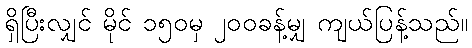
ရှိပြီးလျှင် မိုင် ၁၅၀မှ ၂၀၀ခန့်မျှ ကျယ်ပြန့်သည်။